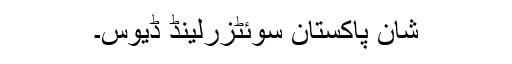
شان پاکستان سوئٹزرلینڈ ڈیوس۔